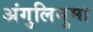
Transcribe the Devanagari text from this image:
अंगुलिनुमा